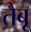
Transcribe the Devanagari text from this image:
तैबू